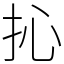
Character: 抋